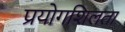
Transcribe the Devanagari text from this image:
प्रयोगशिलता